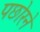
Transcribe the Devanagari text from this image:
पछोरने